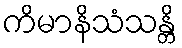
ကိမာနိသံသန္တိ